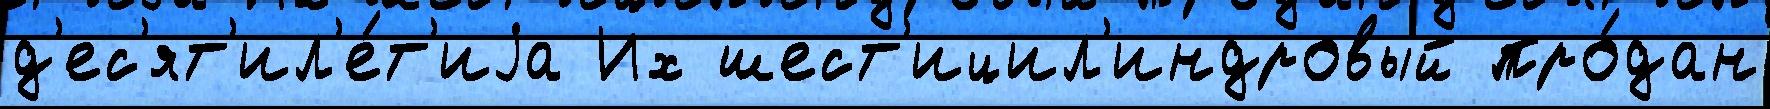
д'ес'ят'ил'е́т'иjа Их шест'ицил'индровый про́дан